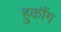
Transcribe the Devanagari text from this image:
हुकौंग